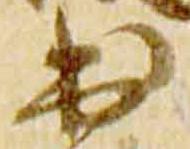
出